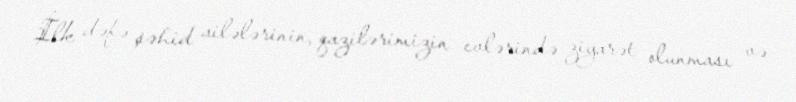
İlk dəfə şəhid ailələrinin, qazilərimizin evlərində ziyarət olunması və